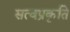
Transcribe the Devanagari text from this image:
सत्वप्रकृति